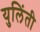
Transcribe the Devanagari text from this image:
युलिंती